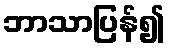
ဘာသာပြန်၍